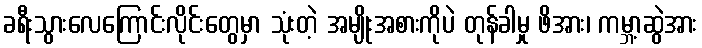
ခရီးသွားလေကြောင်းလိုင်းတွေမှာ သုံးတဲ့ အမျိုးအစားကိုပဲ တုန်ခါမှု ဖိအား၊ ကမ္ဘာ့ဆွဲအား